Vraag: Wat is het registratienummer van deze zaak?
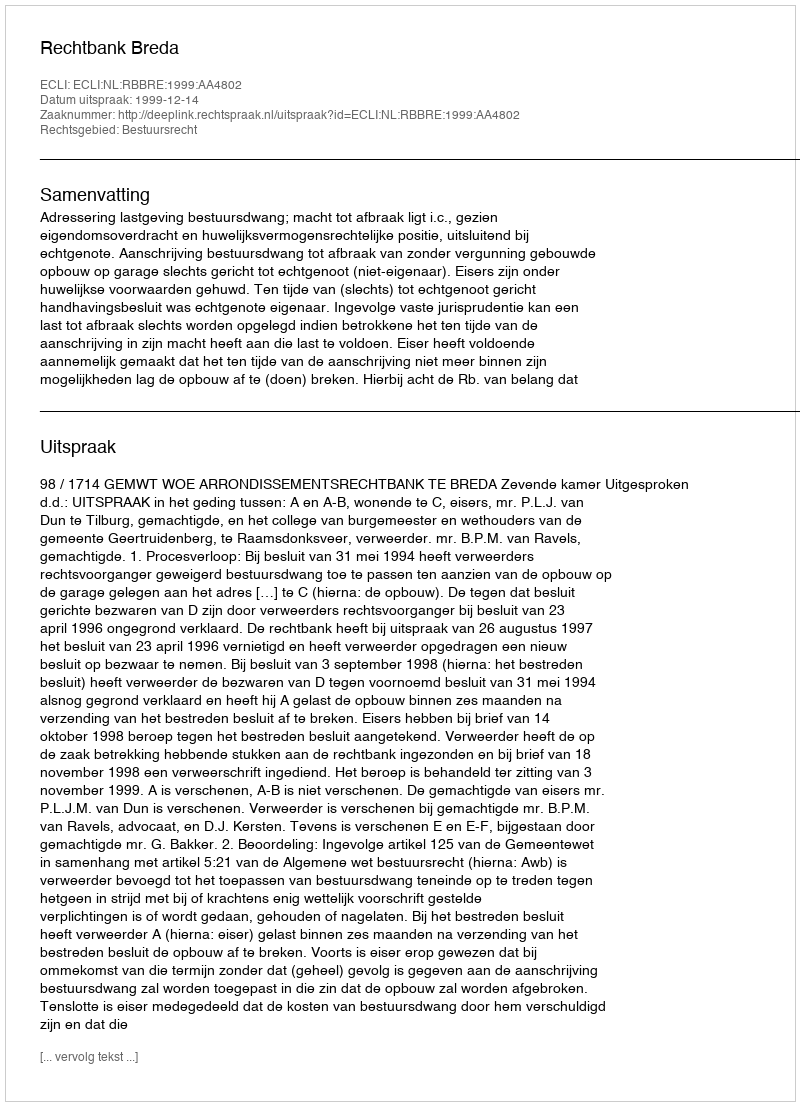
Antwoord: http://deeplink.rechtspraak.nl/uitspraak?id=ECLI:NL:RBBRE:1999:AA4802